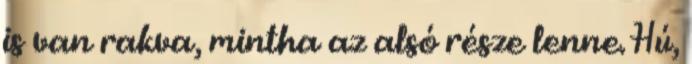
is van rakva, mintha az alsó része lenne. Hú,